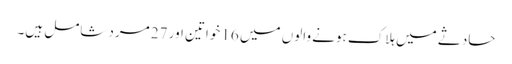
حادثے میں ہلاک ہونے والوں میں 16 خواتین اور 27 مرد شامل ہیں۔